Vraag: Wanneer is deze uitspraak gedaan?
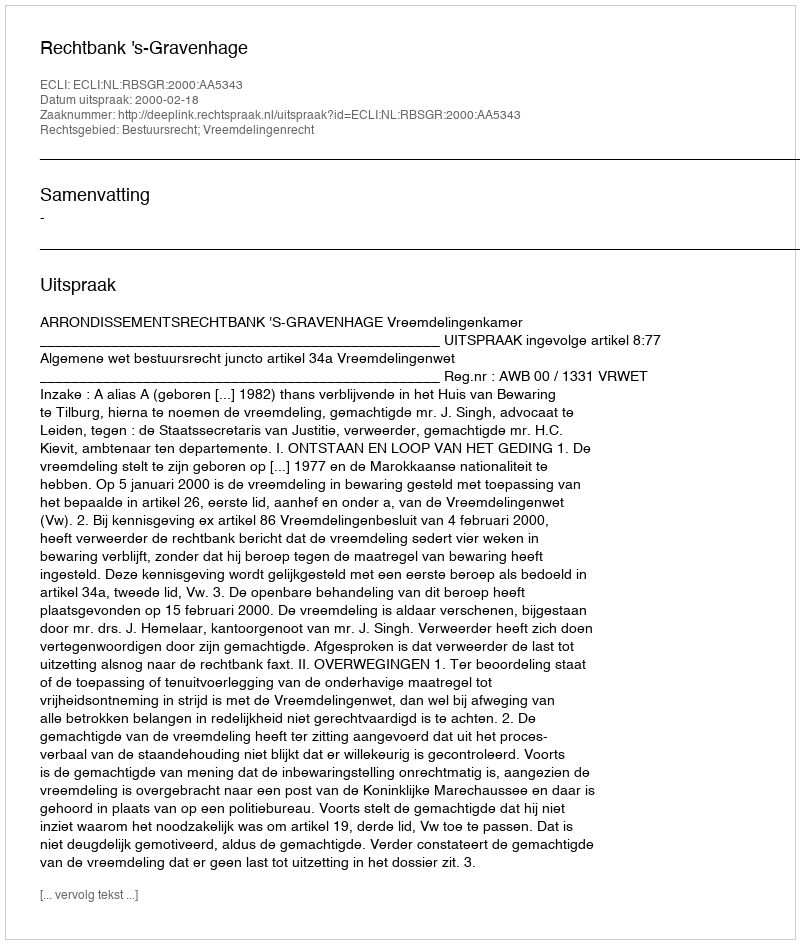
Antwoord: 2000-02-18